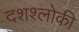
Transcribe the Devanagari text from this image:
दशश्लोकी